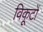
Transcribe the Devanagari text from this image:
विकूटों